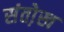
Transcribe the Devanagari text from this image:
संतो़ख